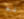
له